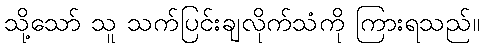
သို့သော် သူ သက်ပြင်းချလိုက်သံကို ကြားရသည်။